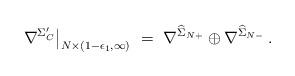
LaTeX: \begin{align*}\nabla^{\Sigma_C^\prime}\big|_{N\times(1-\epsilon_1,\infty)}\ =\ \nabla^{\widehat{\Sigma}_{N+}}\oplus \nabla^{\widehat{\Sigma}_{N-}}\,.\end{align*}